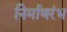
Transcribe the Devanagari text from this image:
निर्माणरंभ